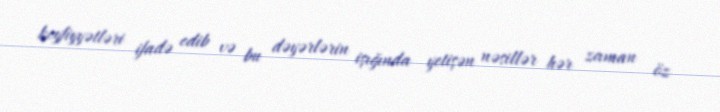
keyfiyyətləri ifadə edib və bu dəyərlərin işığında yetişən nəsillər hər zaman öz